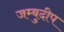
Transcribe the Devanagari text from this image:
जम्बुदीप